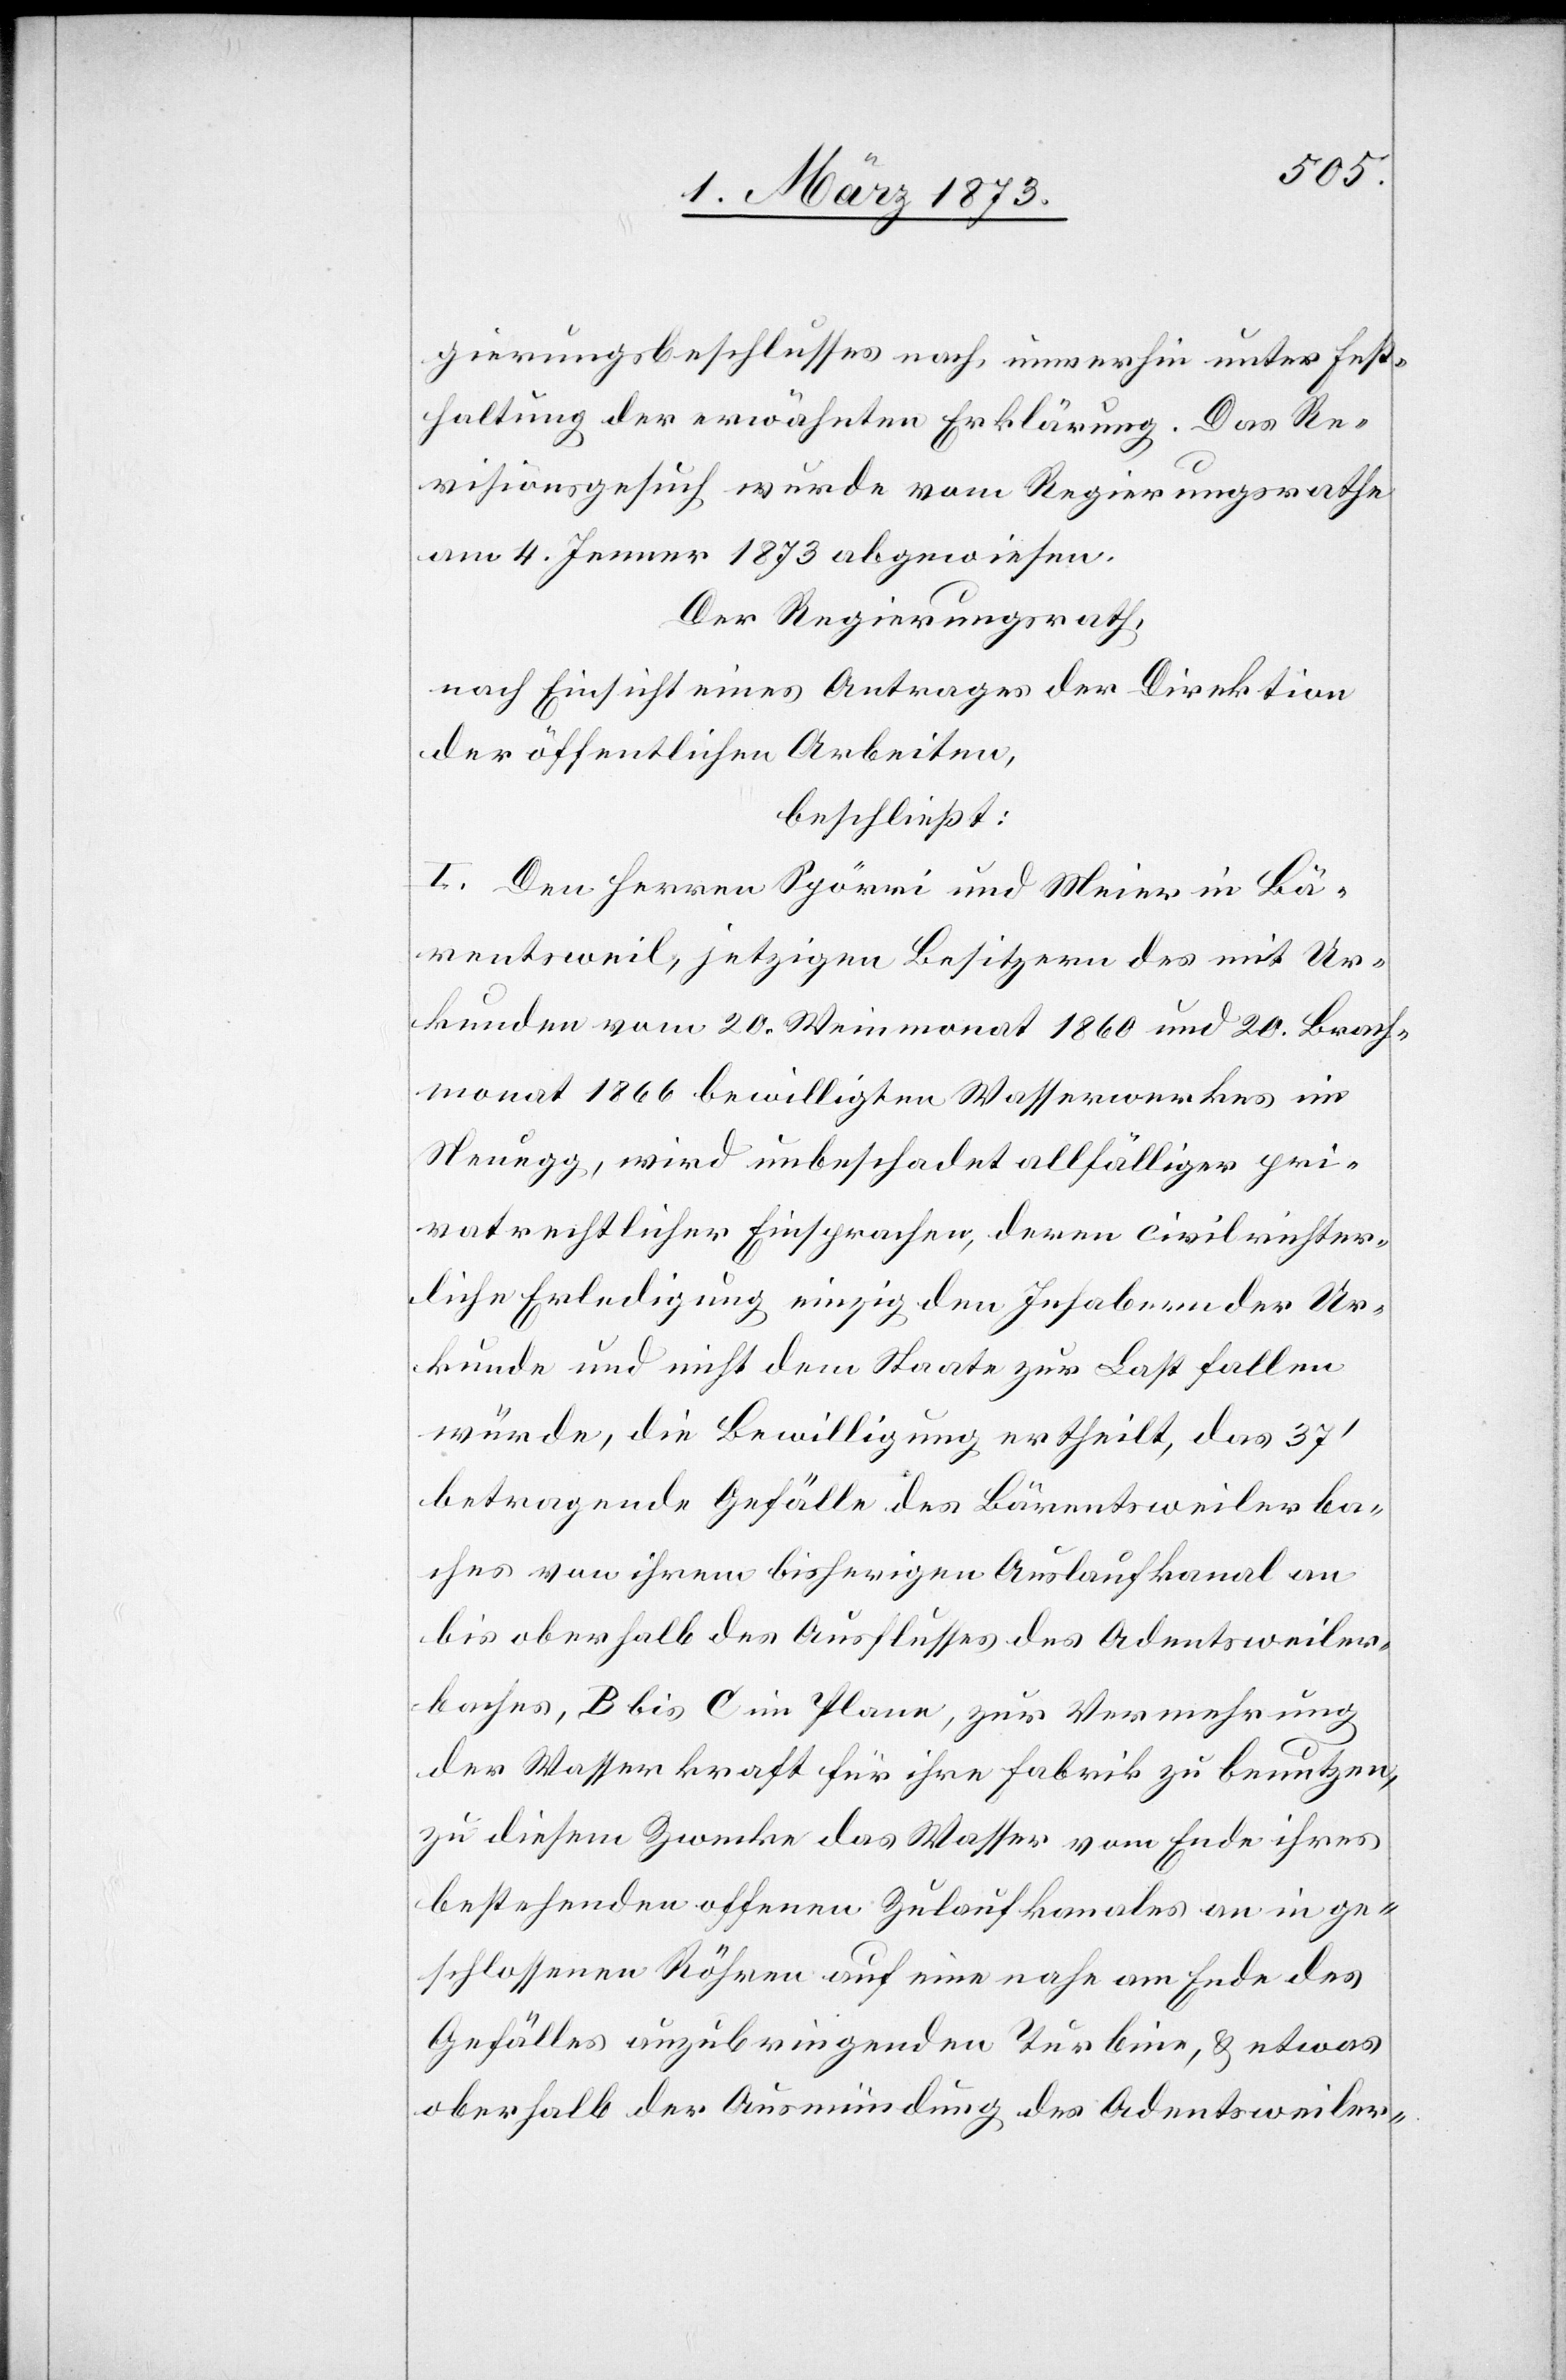
gierungsbeschlusses nach, immerhin unter Fest¬
haltung der erwähnten Erklärung. Das Re¬
visionsgesuch wurde vom Regierungsrathe
am 4. Jenner 1873 abgewiesen.
Der Regierungsrath,
nach Einsicht eines Antrages der Direktion
der öffentlichen Arbeiten,
beschließt:
I. Den Herren Spörri und Meier in Bä¬
rentsweil, jetzigen Besitzern des mit Ur¬
kunden vom 20. Weinmonat 1860 und 20. Brach¬
monat 1866 bewilligten Wasserwerkes in
Neuegg, wird unbeschadet allfälliger pri¬
vatrechtlicher Einsprachen, deren civilrichter¬
liche Erledigung einzig den Inhabern der Ur¬
kunde und nicht dem Staate zur Last fallen
würde, die Bewilligung ertheilt, das 37’
betragende Gefälle des Bärentsweilerba¬
ches von ihrem bisherigen Auslaufkanal an
bis oberhalb des Ausflusses des Adentsweiler¬
baches, B bis C im Plane, zur Vermehrung
der Wasserkraft für ihre Fabrik zu benutzen,
zu diesem Zwecke das Wasser vom Ende ihres
bestehenden offenen Zulaufkanales an in ge¬
schlossenen Röhren auf eine nahe am Ende des
Gefälles auzubringenden [recte: anzubringenden]
oberhalb der Ausmündung des Adentsweiler-